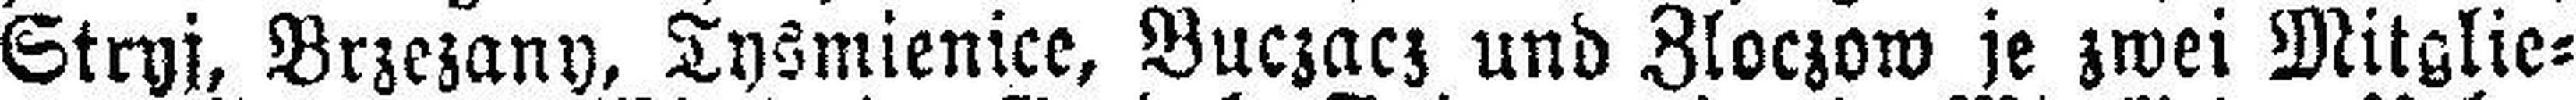
Stryj, Brzezany, Tysmienice, Buczacz und Zloczow je zwei Mitglie¬